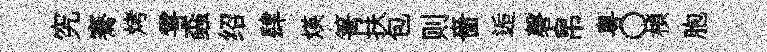
究騫烤雩螙绍肆煐箐扶包则嗇逅磬帛粵〇楨胞